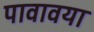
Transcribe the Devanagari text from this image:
पावावया